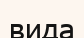
вида